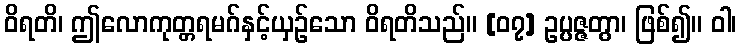
ဝိရတိ၊ ဤလောကုတ္တရမဂ်နှင့်ယှဉ်သော ဝိရတိသည်။ [၀၇] ဥပ္ပဇ္ဇတွာ၊ ဖြစ်၍။ ဝါ၊